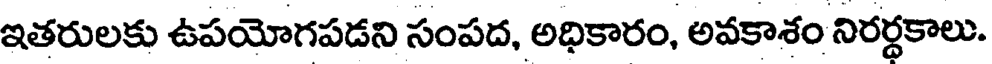
ఇతరులకు ఉపయోగపడని సంపద, అధికారం, అవకాశం నిరర్ధకాలు.